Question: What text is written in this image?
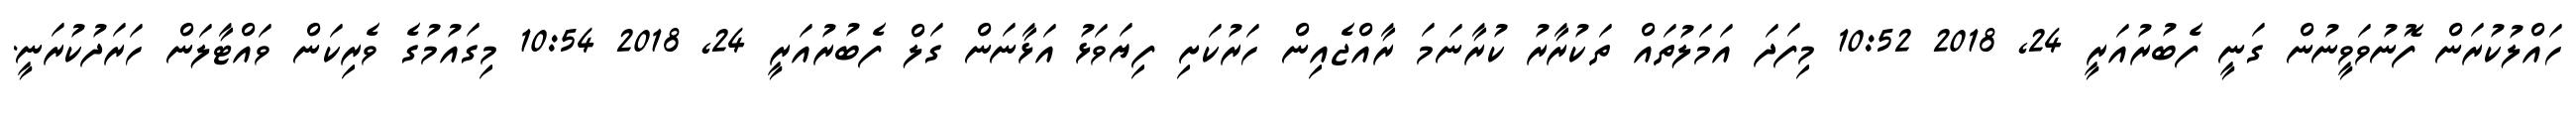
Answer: ހައްލުކުރަން ފޮނުވަވީނުން ގަނީ ފެބުރުއަރީ 24, 2018 10:52 މިފަދަ އަމަލުތައް ތަކުރާރު ކުރާނަމަ ރާއްޖެއިން ހަރުކަށި ފިޔަވަޅު އަޅާނަން ގަލް ފެބުރުއަރީ 24, 2018 10:54 މިގައުމުގެ ވެރިކަން ވައްޓާލަން ހަރަދުކުރަނީ.